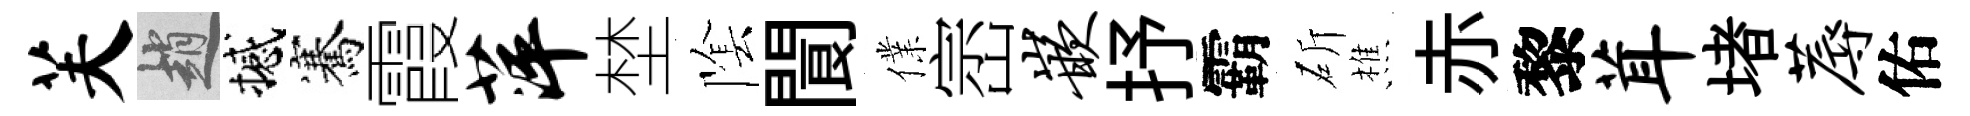
芙趙撼騫霞萍埜隂閬㒒崈嵌抒霸斫樵赤黎茸堵蓐佑